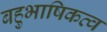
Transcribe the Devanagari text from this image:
बहुभाषिकत्व